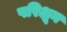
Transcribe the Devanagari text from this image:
परिक्षून